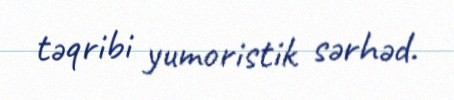
təqribi yumoristik sərhəd.